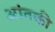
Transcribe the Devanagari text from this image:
आंतकी